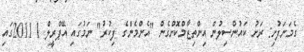
ގެމަނަފުށި: ރަށު ކައުންސިލުން އިންތިޒާމްކޮށްގެން "އެންމެންގެ ފިކުރު" ނަމުގައި އޭޕްރީލް 1 2011ގައި